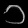
Digit: ၁